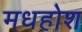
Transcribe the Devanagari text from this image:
मधहोश